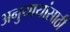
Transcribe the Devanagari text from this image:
अनुयायांसाठी